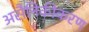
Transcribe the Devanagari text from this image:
असैनिकीकरण